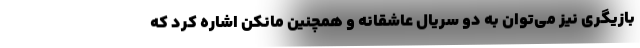
بازیگری نیز می‌توان به دو سریال عاشقانه و همچنین مانکن اشاره کرد که